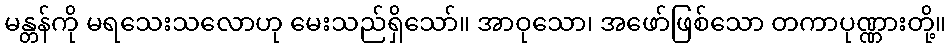
မန္တန်ကို မရသေးသလောဟု မေးသည်ရှိသော်။ အာဝုသော၊ အဖော်ဖြစ်သော တကာပုဏ္ဏားတို့။